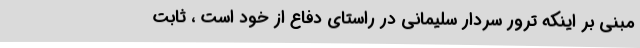
مبنی بر اینکه ترور سردار سلیمانی در راستای دفاع از خود است ، ثابت